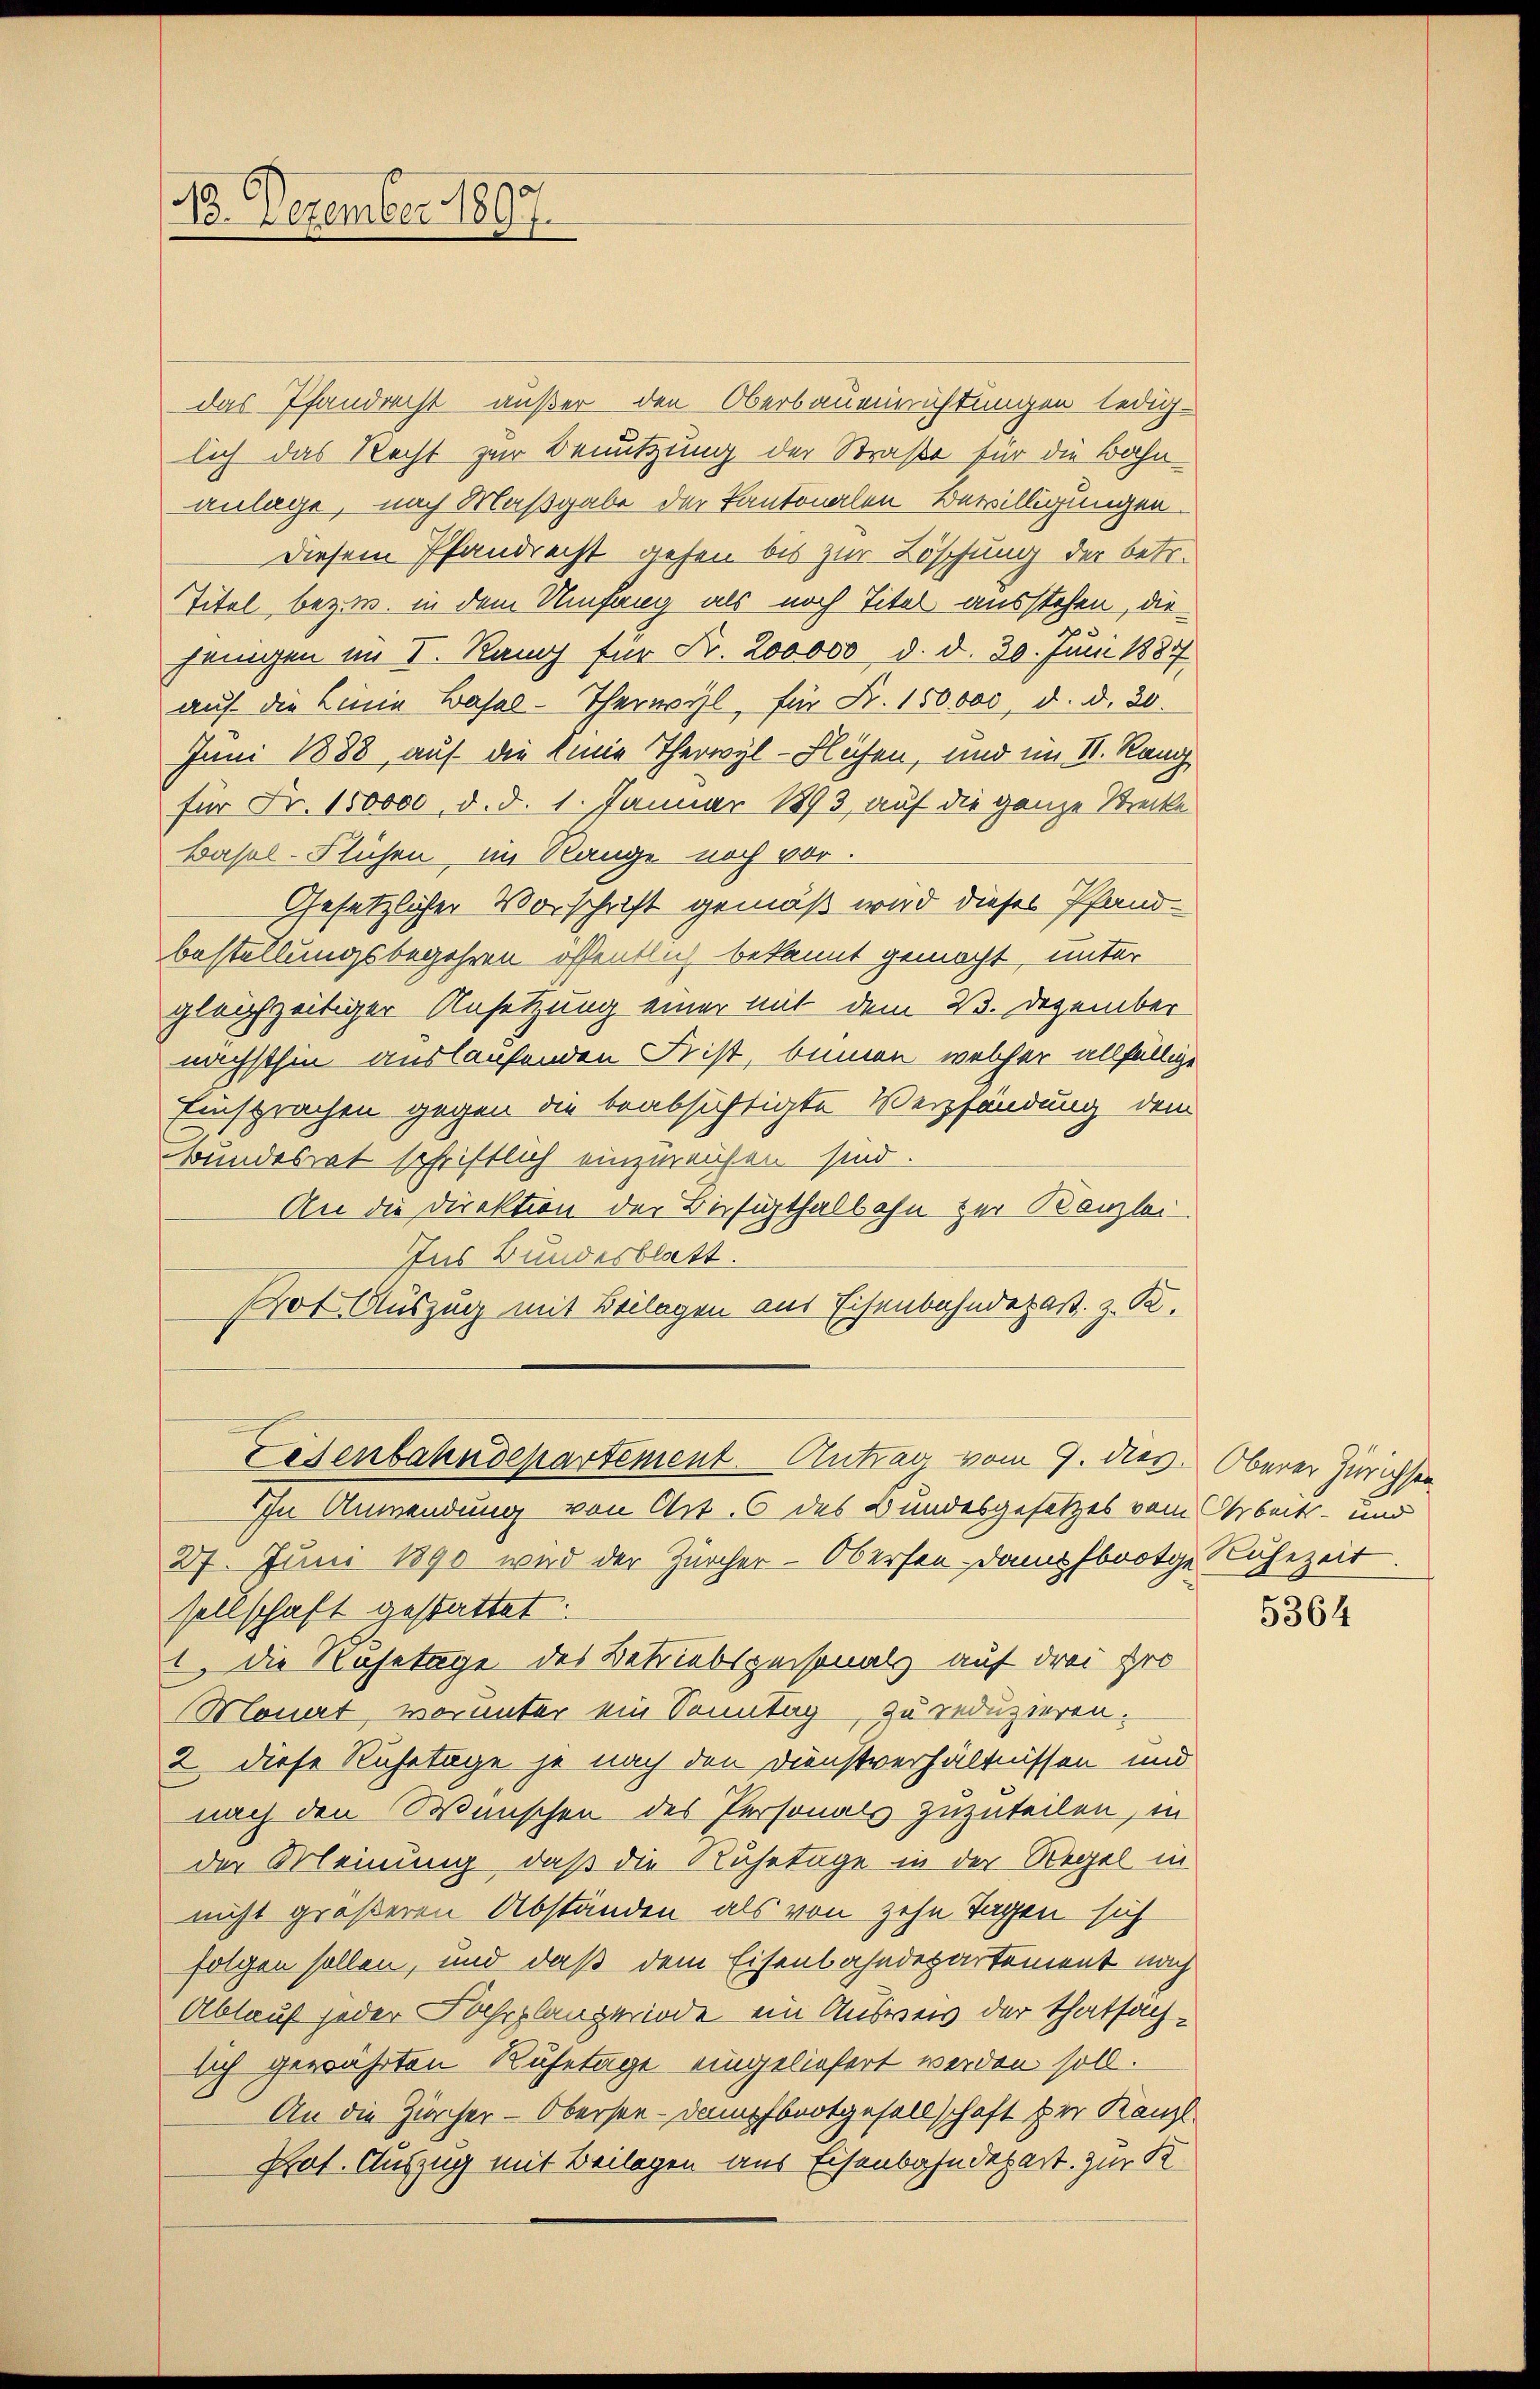
13. Dezember 1807.

das Pfandrecht außer den Oberbauensrichtungen ledig-
lich das Recht zur Benutzung der Straße für die Bahnanlage, nach Maßgabe der Kantonalen Bewilligungen
Diesem Pfandrecht gehen bis zur Löschung der betr.
Titel bezw. in dem Umfang als noch Titel ausstehen, diejenigen im I. Rang für Fr. 200000 d. d. 20. Juni 1887
auf die Linie Bahal-Therwyl, für Fr. 150,000, d. d. 20.
Juni 1888, auf die Linie Therwyl-Flehen, und im II. Rang
für Fr. 150000. d. d. 1. Januar 1893, auf die ganze Strecke
Basel-Flühen, im Range noch vor.
Gesetzlicher Vorschrift gemäß wird dieses Pfand
bestellungsbegehren öffentlich bekannt gemacht, unter
gleichzeitiger Ansetzung einer mit dem 23. Dezember
nächsthin auslaufenden Frist, binnen, welcher allfällige
Einsprachen gegen die beabsichtigte Verpfändung dem
bundesrat schriftlich einzureichen sind.
An die Direktion der Besithalbahn zur Kanzlei
Ins Bundesblatt.
Pof Auszug mit Beilagen aus Eisenbahndepast. z. B.
Eisenbahndepartement Antrag vom 9. dies. Oberer Zürichsen,
IIn Anwendung von Art. 6 des Bundesgesetzes vom Arbeits- und
27. Juni 1890 wird der Zürcher-Obersen Dann fbootge Ruhezeit
sellschaft gestattet:
1 die Ruhetage des Betriebspersonals auf drei Gro
Monat, worunter ein Sonntag, zu reduzieren.
2. diese Ruhetage je nach den Dienstverhältnissen und
nach den Wünschen des Personals zuzuteilen, in
der Meinung, daß die Ruhetage in der Regel in
nicht größeren Abständen als von zehn Tagen sich
folgen sollen, und daß dem Eisenbahndepartement nach
Ablauf jeder Fahrplangeriode ein Ausweis der Thatsachsich gewährten Rufetage eingeliefert werden soll.
An die Zürcher-Obersee-Dampfbootgesellschaft der Kanzl
Prof. Auszug mit Beilagen aus Eisenbahndepart zur K

5364